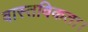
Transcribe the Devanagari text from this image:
वास्तविकता।